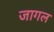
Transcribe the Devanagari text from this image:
जागल